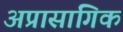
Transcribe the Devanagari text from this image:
अप्रासांगिक